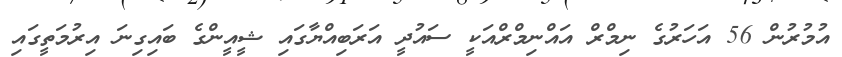
އުމުރުން 56 އަހަރުގެ ނިމްރް އައްނިމްރްއަކީ ސައުދީ އަރަބިއްޔާގައި ޝީއީންގެ ބައިގިނަ އިރުމަތީގައި